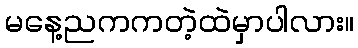
မနေ့ညကကတဲ့ထဲမှာပါလား။